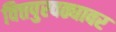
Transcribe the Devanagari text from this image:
वित्तपुरवठ्यावर